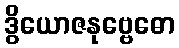
ဒွိယောဇနုဗ္ဗေဓော